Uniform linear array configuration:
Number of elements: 48
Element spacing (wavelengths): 1
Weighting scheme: binomial
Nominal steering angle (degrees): -30
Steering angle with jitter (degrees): -30.8
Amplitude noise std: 0.05
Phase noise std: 0.05

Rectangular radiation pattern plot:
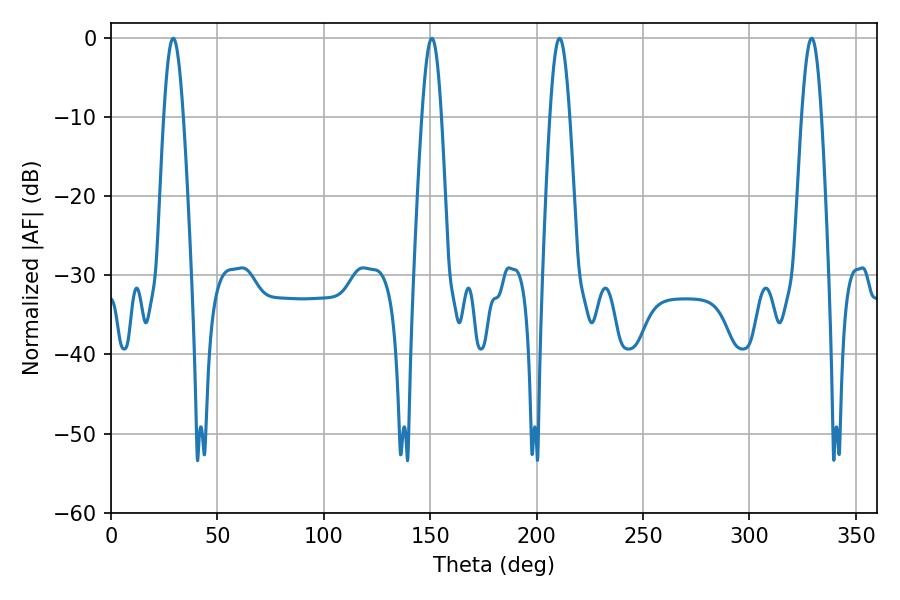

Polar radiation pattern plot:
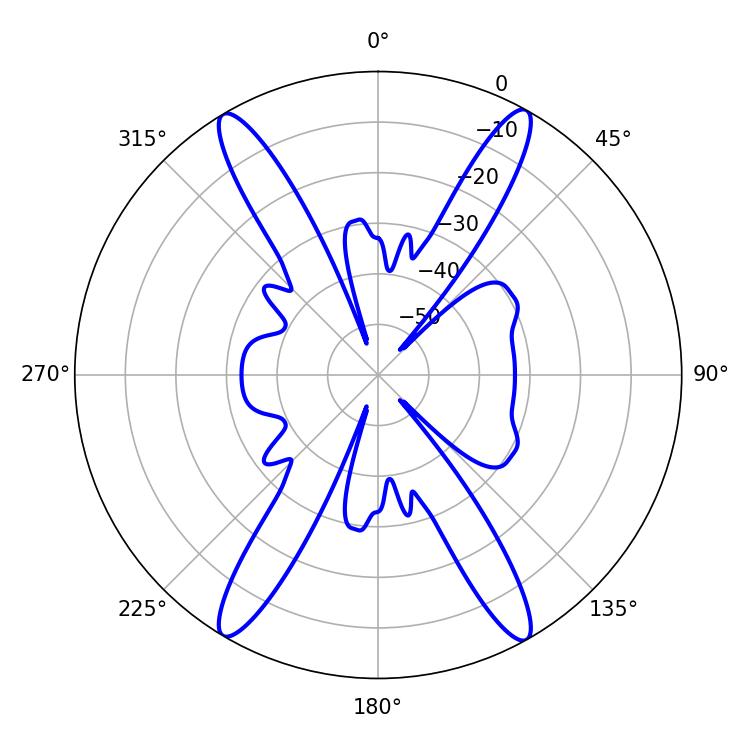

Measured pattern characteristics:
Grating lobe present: TRUE
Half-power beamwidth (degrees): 5.04
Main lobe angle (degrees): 329.22